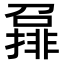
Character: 𡀪